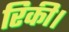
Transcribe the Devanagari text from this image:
रिकी।